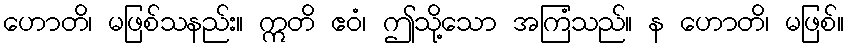
ဟောတိ၊ မဖြစ်သနည်း။ ဣတိ ဧဝံ၊ ဤသို့သော အကြံသည်။ န ဟောတိ၊ မဖြစ်။